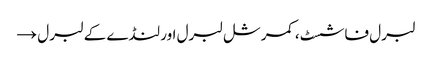
لبرل فاشسٹ، کمرشل لبرل اور لنڈے کے لبرل →